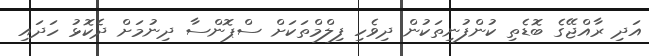
އަދި ރާއްޖޭގެ ބޮޑެތި ކުންފުނިތަކުން ދިވެހި ފިލްމްތަކަށް ސްޕޮންސާ ދިނުމަށް ދެކޮޅު ހަދައި